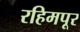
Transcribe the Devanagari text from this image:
रहिमपूर